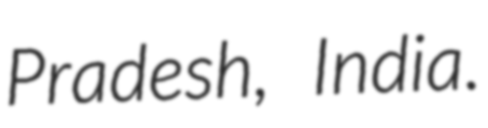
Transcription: Pradesh, India.